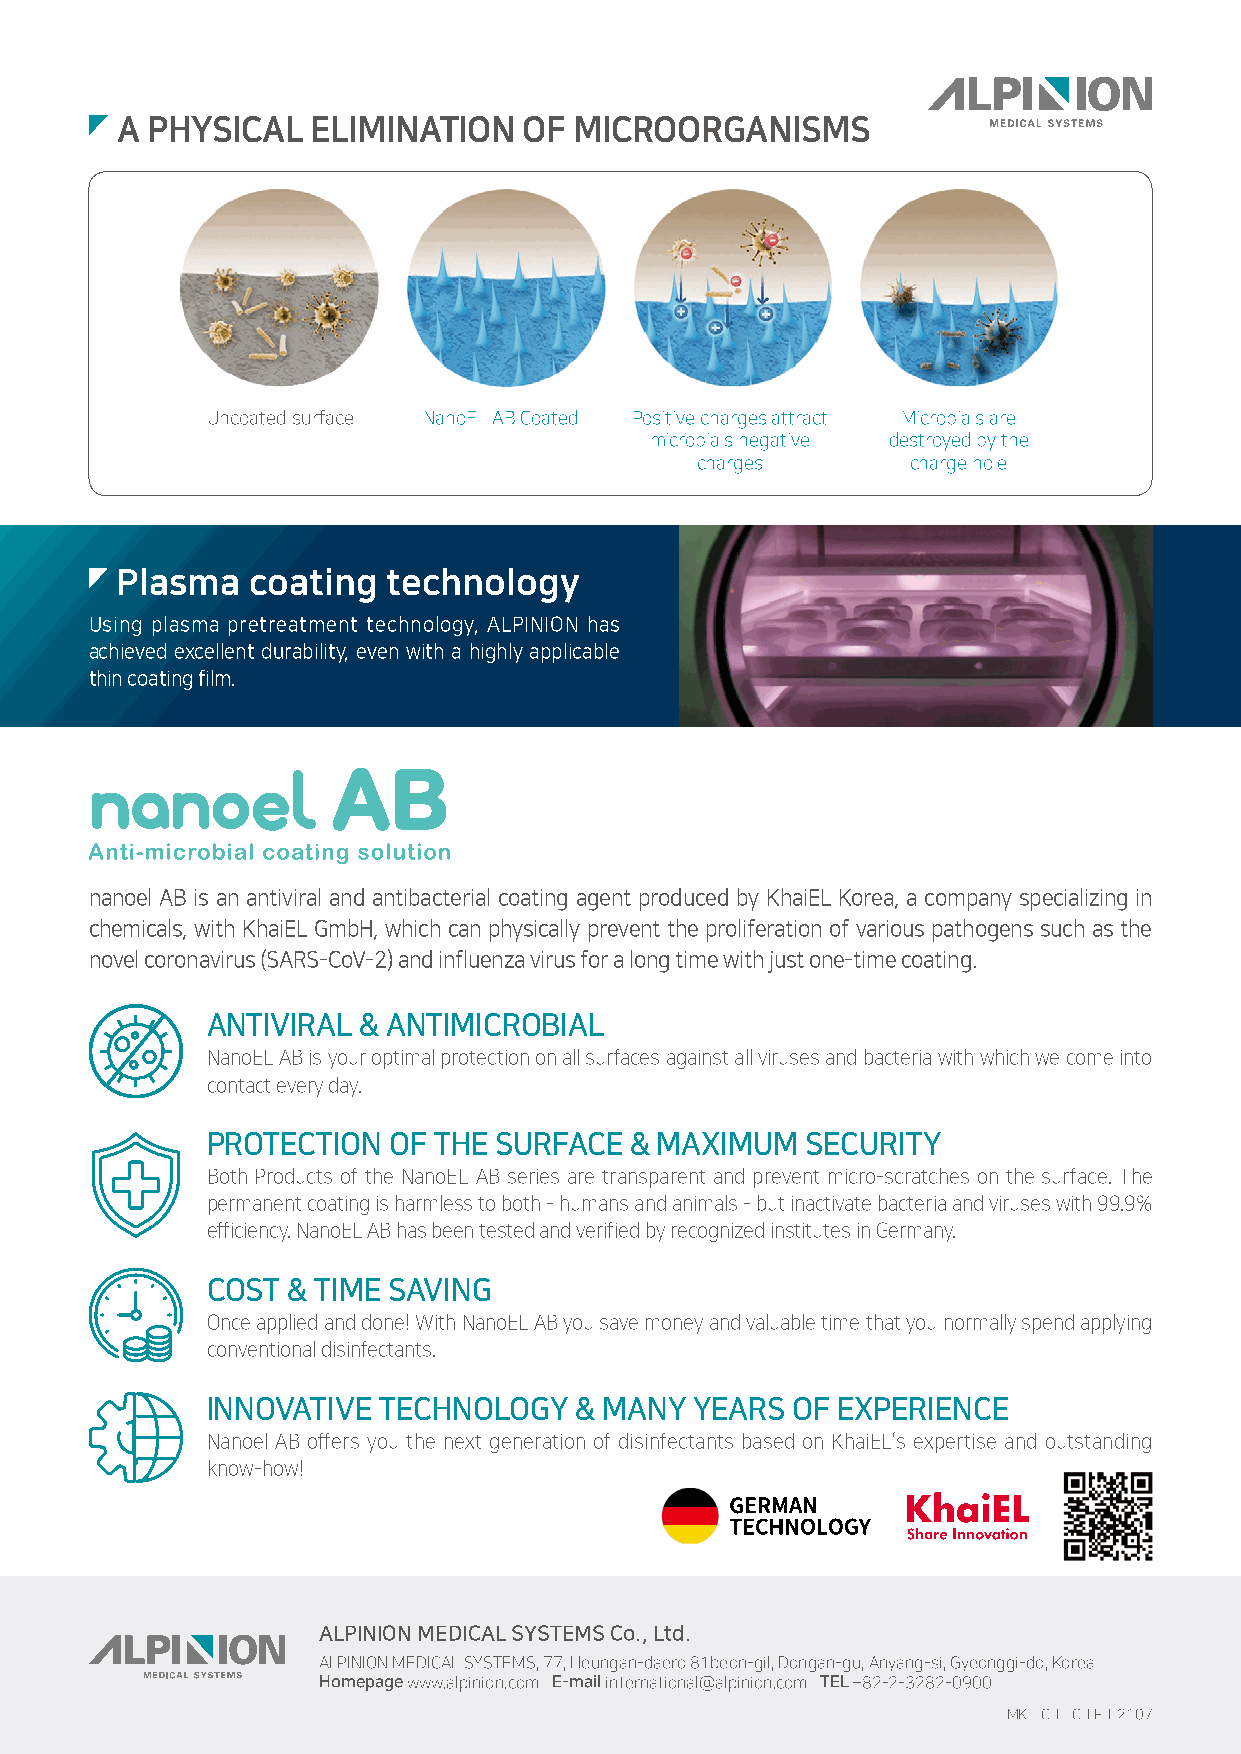
A PHYSICAL   ELIMINATION   OF MICROORGANISMS
 Uncoated surface NanoEL AB Coated Positive charges attract Microbials are
 microbials negative destroyed by the
 charges       charge hole
 Plasma   coating  technology
 Using plasma pretreatment technology, ALPINION has
 achieved excellent durability, even with a highly applicable
 thin coating film.
 nanoel AB is an antiviral and antibacterial coating agent produced by KhaiEL Korea, a company specializing in
 chemicals, with KhaiEL GmbH, which can physically prevent the proliferation of various pathogens such as the
 novel coronavirus (SARS-CoV-2) and influenza virus for a long time with just one-time coating.
 ANTIVIRAL & ANTIMICROBIAL
 NanoEL AB is your optimal protection on all surfaces against all viruses and bacteria with which we come into
 contact every day.
 PROTECTION  OF THE SURFACE  & MAXIMUM  SECURITY
 Both Products of the NanoEL AB series are transparent and prevent micro-scratches on the surface. The
 permanent coating is harmless to both - humans and animals - but inactivate bacteria and viruses with 99.9%
 efficiency. NanoEL AB has been tested and verified by recognized institutes in Germany.
 COST & TIME SAVING
 Once applied and done! With NanoEL AB you save money and valuable time that you normally spend applying
 conventional disinfectants.
 INNOVATIVE TECHNOLOGY   & MANY  YEARS OF EXPERIENCE
 Nanoel AB offers you the next generation of disinfectants based on KhaiEL’s expertise and outstanding
 know-how!
 ALPINION MEDICAL SYSTEMS Co., Ltd.
 ALPINION MEDICAL SYSTEMS, 77, Heungan-daero 81beon-gil, Dongan-gu, Anyang-si, Gyeonggi-do, Korea
 Homepage www.alpinion.com E-mail international@alpinion.com TEL +82-2-3282-0900
 MKT-C-ETC-LF-E2107